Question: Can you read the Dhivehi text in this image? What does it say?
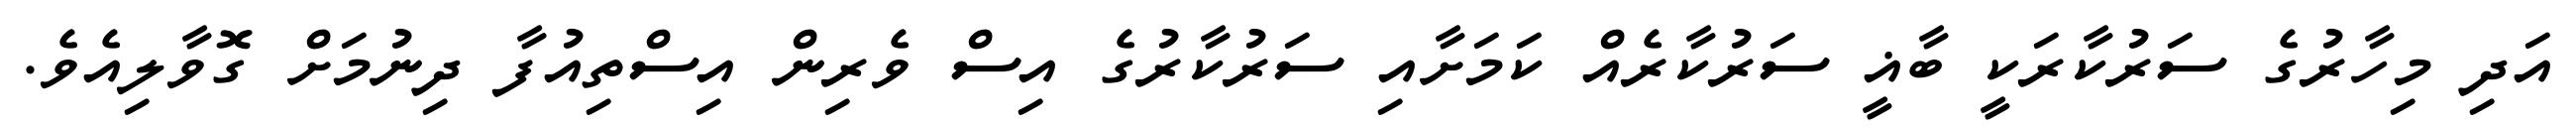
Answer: އަދި މިހާރުގެ ސަރުކާރަކީ ބާޣީ ސަރުކާރެއް ކަމަށާއި ސަރުކާރުގެ އިސް ވެރިން އިސްތިއުފާ ދިނުމަށް ގޮވާލިއެވެ.